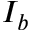
I _ { b }